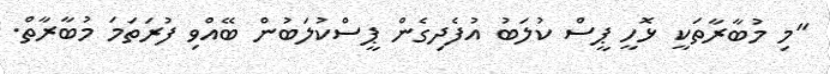
"މި މުބާރާތަކީ ޅޮހީ ޕީސް ކުލަބު އުފެދިގެން ޕީސްކުލަބުން ބޭއްވި ފުރަތަމަ މުބާރާތް.